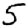
Digit: 5